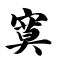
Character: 寞